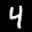
Label: 4